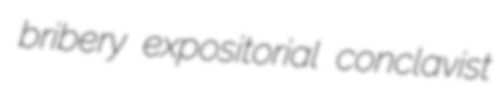
bribery expositorial conclavist